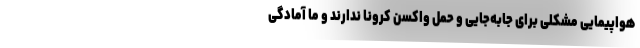
هواپیمایی مشکلی برای جابه‌جایی و حمل واکسن کرونا ندارند و ما آمادگی